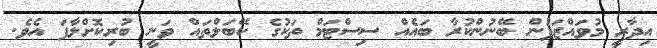
އިދާރީ މުވައްޒަފުން ބޭނުންކުރާ ބައެއް ސިސްޓަމް ތަކުގެ ކޭބަލްތައް ވަނީ ބުރިކޮށްލާފަ އެވެ.